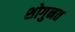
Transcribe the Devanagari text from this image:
शोगुनत